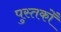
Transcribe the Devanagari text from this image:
पुस्तकोँ